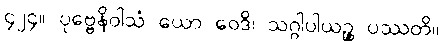
၄၂၄။ ပုဗ္ဗေနိဝါသံ ယော ဝေဒိ၊ သဂ္ဂါပါယဉ္စ ပဿတိ။